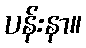
ပန်းနာ။